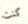
كنت